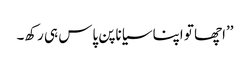
’’اچھا تو اپنا سیاناپن پاس ہی رکھ۔